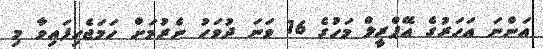
އަންނަ އަހަރުގެ އޭޕްރީލް މަހުގެ 16 ވަނަ ދުވަހު ނެރުމަށް ހަމަޖެހިފައިވާ މި